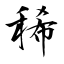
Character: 稀